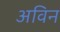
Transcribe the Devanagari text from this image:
अविन